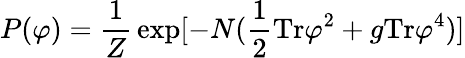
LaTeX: P(\varphi)={\frac{1}{Z}}\exp[-N({\frac{1}{2}}\mathrm{Tr}\varphi^{2}+{g}\mathrm{Tr}\varphi^{4})]